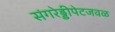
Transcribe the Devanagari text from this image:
संगरेड्डीपेटजवळ